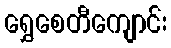
ရွှေစေတီကျောင်း